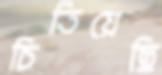
চিতিয়েছি